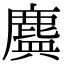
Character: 𪊻